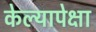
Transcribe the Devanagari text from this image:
केल्यापेक्षा